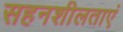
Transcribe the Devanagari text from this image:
सहनशीलताएं